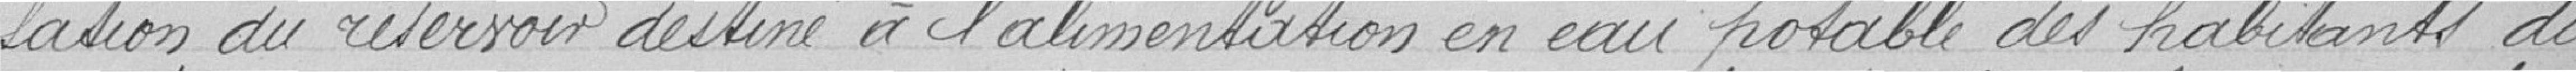
-sation du réservoir destiné à l'alimentation en eau potable des habitants du